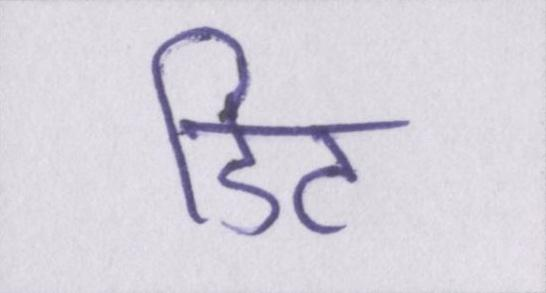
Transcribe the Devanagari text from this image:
डिट